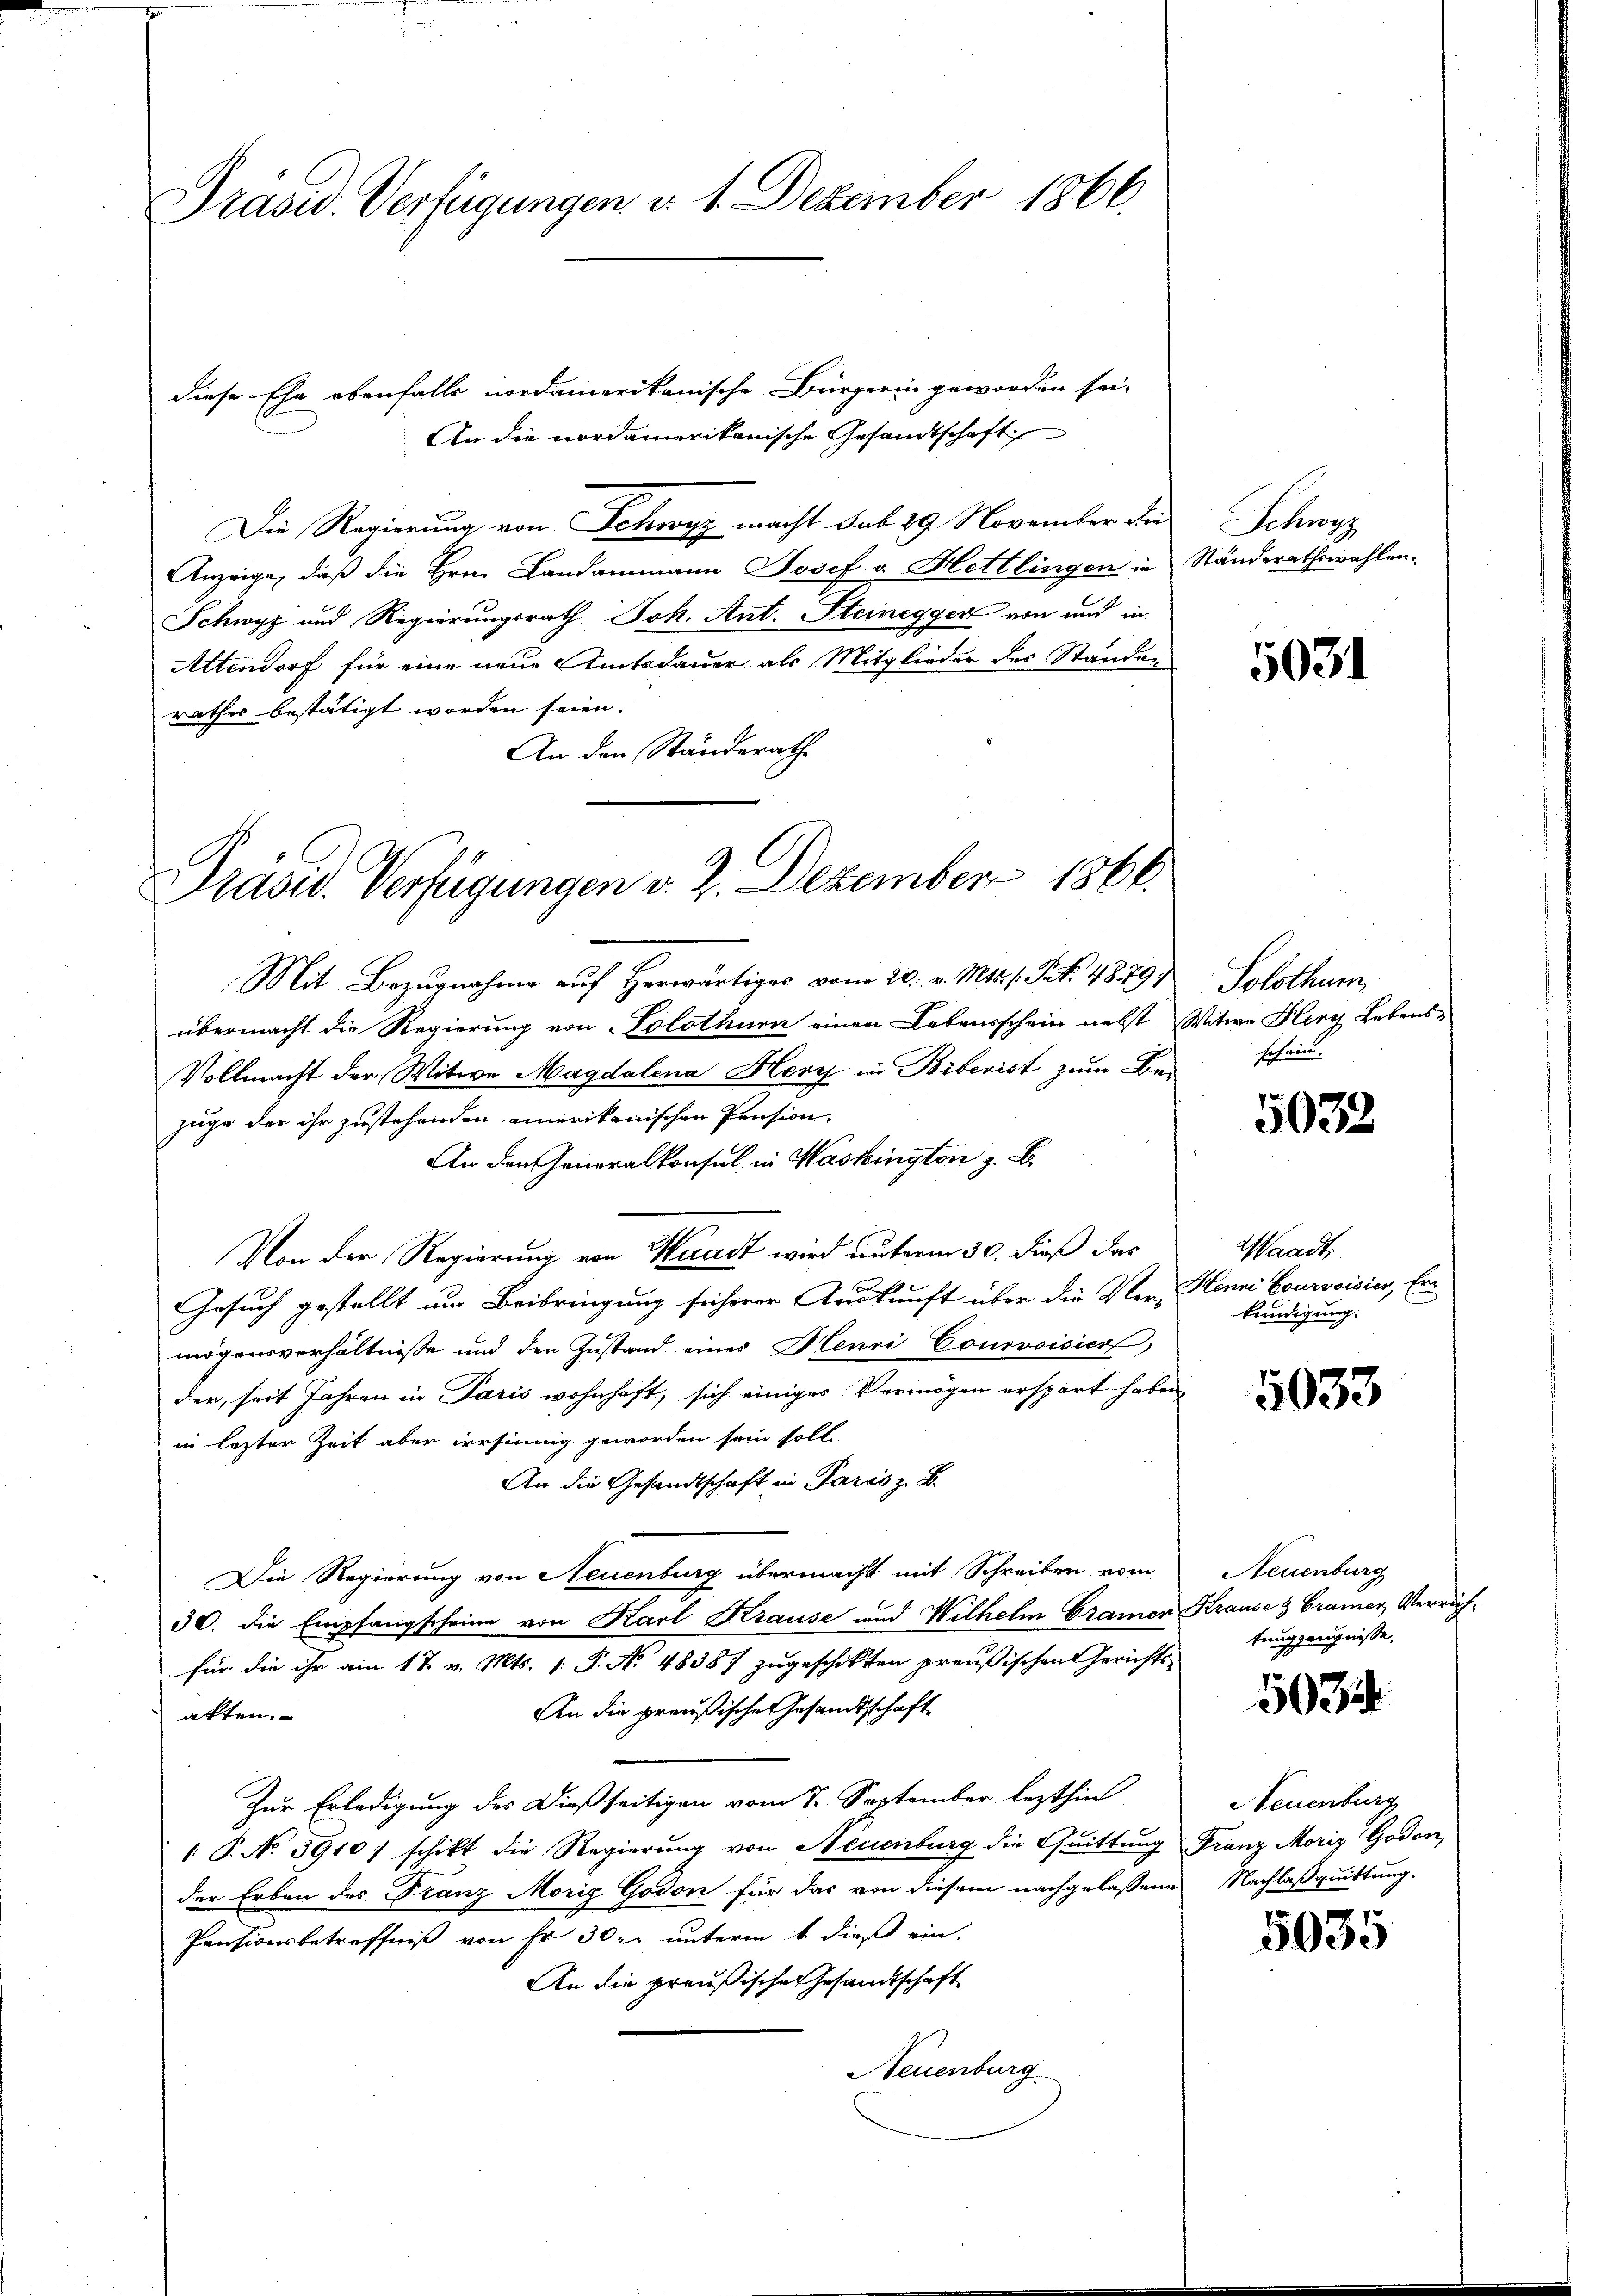
Prasid. Verfügungen d. 1. Dezember 1866.

diese Ehe ebenfalls nordamerikanische Bürgerin geworden sei.
An die nordamerikanische Gesandtschaft
Die Regierung von Schwyz macht sub 29 November die
Anzeige, daß die Hrn. Landammann Josef v. Hettlingen in Ständerathswahlen.
Schwyz und Regierungsrath Joh. Ant. Steinegger von und in
Altendorf für eine neue Amtsdauer als Mitglieder des Standen
rathes bestätigt worden seien.
An den Standerath

Präsid. Verfügungen v. J. Dezember 1866.

Mit Bezugnahme auf herwärtiges vom 20. v. Mts. s. Pat. 4879
übermacht die Regierung von Solothur einen Lebensschein nebst Witwe Herr Lebens¬
Vollmacht der Witwe Magdalena Herz in Biberist zum Be-
zuge der ihr zustehenden amerikanischen Pension.
An den Generalkonsul in Washington z. B.
Von der Regierung von Waadt wird unterm 30. dieß das
Gesuch gestellt um Beibringung sicherer Auskunft über die Ver- Henni Courvoisier, Ermögensverhältnisse und den Zustand eines Henri Courvoisier,
der, seit Jahren in Paris wohnhaft, sich einiges Vermögen erspart haben,
in lezter Zeit aber irrsinnig geworden sein soll
An die Gesandtschaft in Paris z. B.
Die Regierung von Neuenburg übermacht mit Schreiben vom
30. die Empfangscheine von Karl Krause und Wilhelm Cramen Krause & Cramer, Verrich-
für die ihr am 17. v. Mts. 1. P. Nr. 48387 zugeschikten preußischen Gerichts¬
An die preußische Gesandtschaft
akten.
Zur Erledigung des Dießseitigen vom 7. September lezthin
 P. No 5910) schikt die Regierung von Neuenburg die Quittung Franz Moriz Godon
der Erben des Franz Moriz Godon für das von diesem nachgelassene
Pensionsbetreffniß von hr 30 l. unterm 1. dieß ein.
An die preußisches Gesandtschaft
Neuenburg

Schwerz

5031

Solothur
schein.

5032

Waadt
kundigung.

5033

Neuenburg
tung zeugnisse.

5034

Neuenburg
Nachlaßquittung.

5035